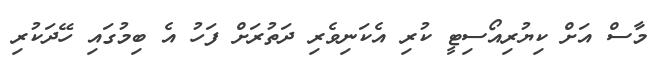
މާސް އަށް ކިޔުރިއޯސިޓީ ކުރި އެކަނިވެރި ދަތުރަށް ފަހު އެ ބިމުގައި ހޭދަކުރި